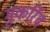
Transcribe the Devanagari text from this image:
मुक़र्रिब